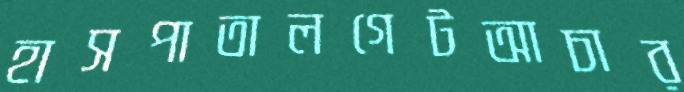
হাসপাতালগেটআচার